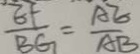
\frac { E F } { B G } = \frac { A E } { A B }